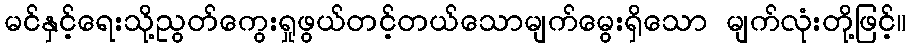
မင်နှင့်ရေးသို့ညွတ်ကွေးရှုဖွယ်တင့်တယ်သောမျက်မွေးရှိသော မျက်လုံးတို့ဖြင့်။